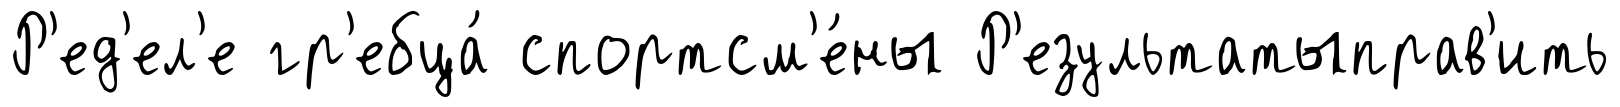
Р'ед'ел'е гр'ебца́ спортсм'е́ны Р'езультатыправ'ить